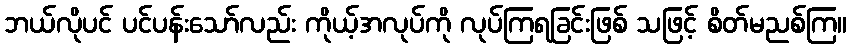
ဘယ်လိုပင် ပင်ပန်းသော်လည်း ကိုယ့်အလုပ်ကို လုပ်ကြရခြင်းဖြစ် သဖြင့် စိတ်မညစ်ကြ။